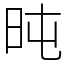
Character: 旽